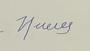
Signature authenticity: forged